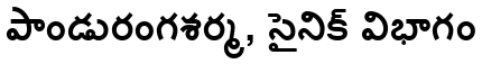
పాండురంగశర్మ, సైనిక్ విభాగం